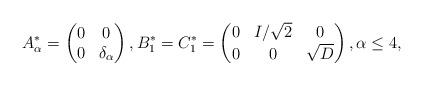
LaTeX: \begin{align*}A_\alpha^*=\begin{pmatrix}0&0\\0&\delta_\alpha\end{pmatrix},B_1^*=C_1^*=\begin{pmatrix}0&I/\sqrt{2}&0\\0&0&\sqrt{D}\end{pmatrix}, \alpha\leq 4,\end{align*}